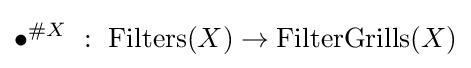
{\bullet }^{\#X}~:~\operatorname {Filters} (X)\to \operatorname {FilterGrills} (X)